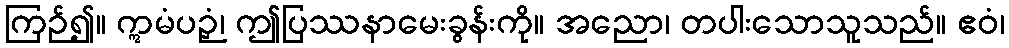
ကြဉ်၍။ ဣမံပဉှံ၊ ဤပြဿနာမေးခွန်းကို။ အညော၊ တပါးသောသူသည်။ ဧဝံ၊